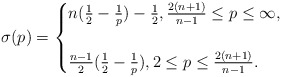
\begin{align*}\sigma(p)=\begin{cases}n(\tfrac12-\tfrac1p)-\tfrac12, \tfrac{2(n+1)}{n-1}\le p\le \infty,\\ \\\tfrac{n-1}2(\tfrac12-\tfrac1p), 2\le p\le \tfrac{2(n+1)}{n-1}.\end{cases}\end{align*}